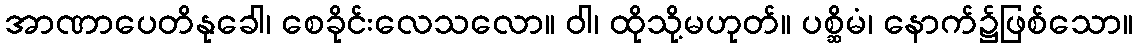
အာဏာပေတိနုခေါ၊ စေခိုင်းလေသလော။ ဝါ၊ ထိုသို့မဟုတ်။ ပစ္ဆိမံ၊ နောက်၌ဖြစ်သော။